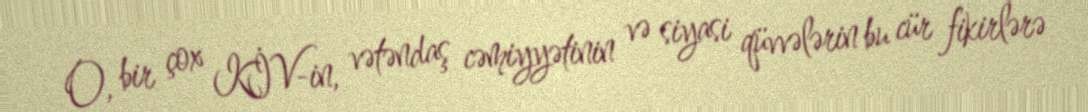
O, bir çox KİV-in, vətəndaş cəmiyyətinin və siyasi qüvvələrin bu cür fikirlərə